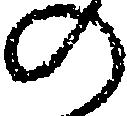
の